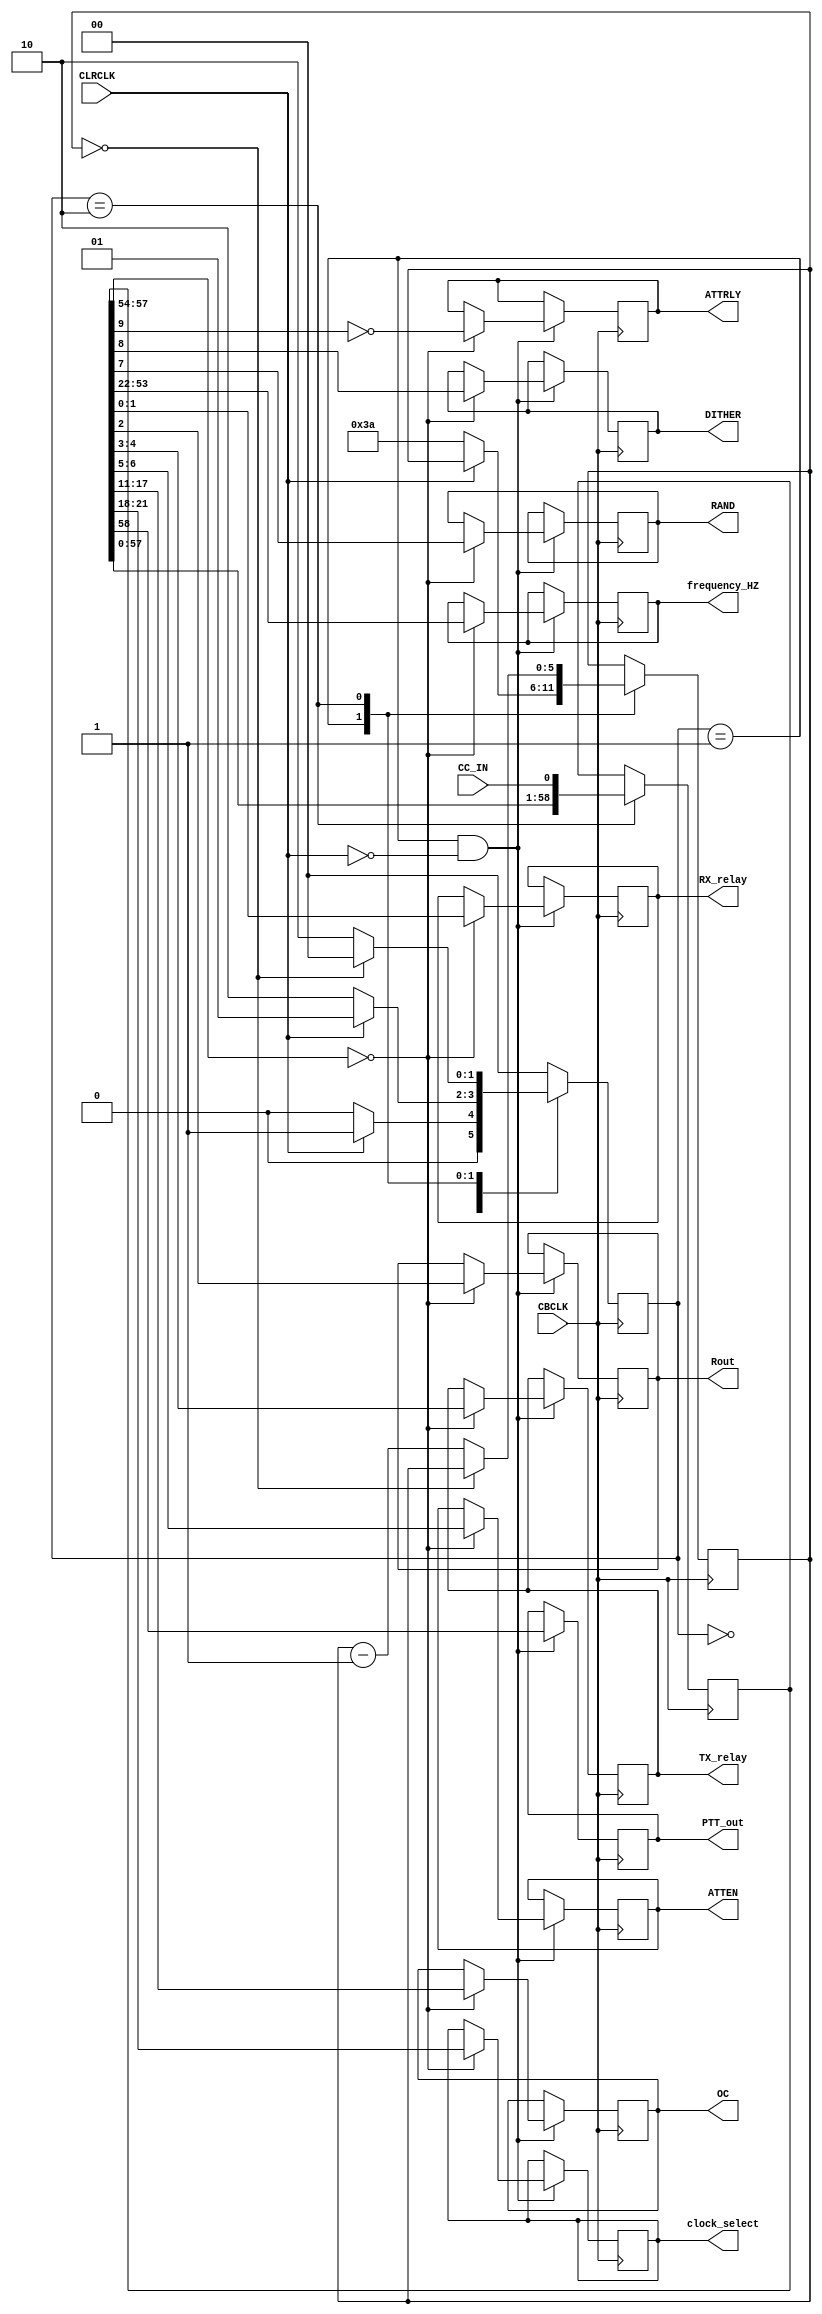
///////////////////////////////////////////////////////////
//
//    Command and Control Decoder 
//
///////////////////////////////////////////////////////////
/*

	The C&C encoder in Ozy broadcasts data over the Atlas bus (C20) for
	use by other cards e.g. Mercury and Penelope.  The data is in 
	I2S format with the clock being CBLCK and the start of each frame
	being indicated using the negative edge of CLRCLK.
	
	The data format is as follows:
	
	<[58]PTT><[57:54]address><[53:22]frequency><[21:18]clock_select><[17:11]OC><[10]Mode>
	<[9]PGA><[8]DITHER><[7]RAND><[6:5]ATTEN><[4:3]TX_relay><[2]Rout><[1:0]RX_relay> 
	
	for a total of 59 bits. Frequency is in Hz and 32 bit binary format and 
	OC is the open collector data on Penelope. Mode is for a future Class E PA,
	PGA, DITHER and RAND are ADC settings and ATTEN the attenuator on Alex
	
*/

module CC_decoder(CBCLK, CLRCLK, CC_IN, PTT_out, clock_select, OC, ATTEN, TX_relay,
                  Rout, RX_relay, frequency_HZ, ATTRLY, RAND, DITHER);
                  
parameter ADDRESS = 4'b0; // Address for data

input  wire         CBCLK;
input  wire         CLRCLK;
input  wire         CC_IN;
output reg          PTT_out;
output reg    [3:0] clock_select;   // 10MHz and 122.88MHz clock selection
output reg    [6:0] OC;             // Only Penelope uses this
output reg    [1:0] ATTEN;          // attenuator setting on Alex
output reg    [1:0] TX_relay;       // Tx relay setting on Alex
output reg          Rout;           // Rx1 out on Alex
output reg    [1:0] RX_relay;       // Rx relay setting on Alex
output reg   [31:0] frequency_HZ;
output reg          ATTRLY;
output reg          RAND;
output reg          DITHER;


// internal variable
reg  [5:0] bits;      // how many bits clocked 
reg [58:0] CCdata;	  // 59 bits of C&C data
reg  [1:0] CC_state;

localparam CC_IDLE  = 0,
           CC_LR_HI = 1,
           CC_LR_LO = 2;
always @(posedge CBCLK)
begin
  case(CC_state)
  CC_IDLE:
  begin
    if (CLRCLK)
      CC_state  <= CC_LR_HI;
    else
      CC_state  <= CC_IDLE;     // loop until CLRLCK is high   
  end

  CC_LR_HI:
  begin
    if (!CLRCLK)
    begin
      bits      <= 6'd58;						
      CC_state  <= CC_LR_LO;
    end
    else
      CC_state  <= CC_LR_HI;    // loop until CLRCLK is low  
  end

  CC_LR_LO:
  begin
    CCdata <= {CCdata[57:0], CC_IN};  // this is the second CBCLK after negedge of CLRCLK

    if (bits == 0)
      CC_state  <= CC_IDLE;     // done so restart
    else
    begin
      bits      <= bits - 1'b1;
      CC_state  <= CC_LR_LO;  
    end
  end

  default:
    CC_state <= CC_IDLE;
  endcase
end

// decode C & C data into variables
always @(posedge CBCLK)
begin
  if ((CC_state == CC_LR_HI) && !CLRCLK) // 1st rising edge of CBCLK after CLRCLK goes low
  begin                           // grab CCdata 1 CBCLK before it starts changing again
    PTT_out     <= CCdata[58];    // PTT from PC via USB 
    if (CCdata[57:54] == ADDRESS) // check that the C&C data is for this board
    begin
      frequency_HZ <= CCdata[53:22];
      clock_select <= CCdata[21:18];     
      OC        <= CCdata[17:11]; // Penelope Open Collectors, not used by Mercury
      ATTRLY    <=  ~CCdata[9];   // 1 = Attenuator on, 0 = Preamp on 
      DITHER    <= CCdata[8];     // 1 = dither on
      RAND      <= CCdata[7];     // 1 = randomizer on 
      ATTEN     <= CCdata[6:5];   // Attenuator setting on Alex
      TX_relay  <= CCdata[4:3];   // Tx relay selection on Alex
      Rout      <= CCdata[2];     // Rx_1_out on Alex
      RX_relay  <= CCdata[1:0];   // Rx relay selection on Alex
    end
  end
end

endmodule